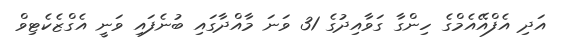
އަދި އެފްއޭއެމްގެ ހިންގާ ގަވާއިދުގެ 31 ވަނަ މާއްދާގައި ބުނެފައި ވަނީ އެގްޒެކެޓިވް